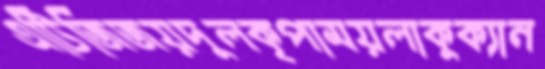
এটিজিজয়দুলকৃপাময়লাকুক্যান